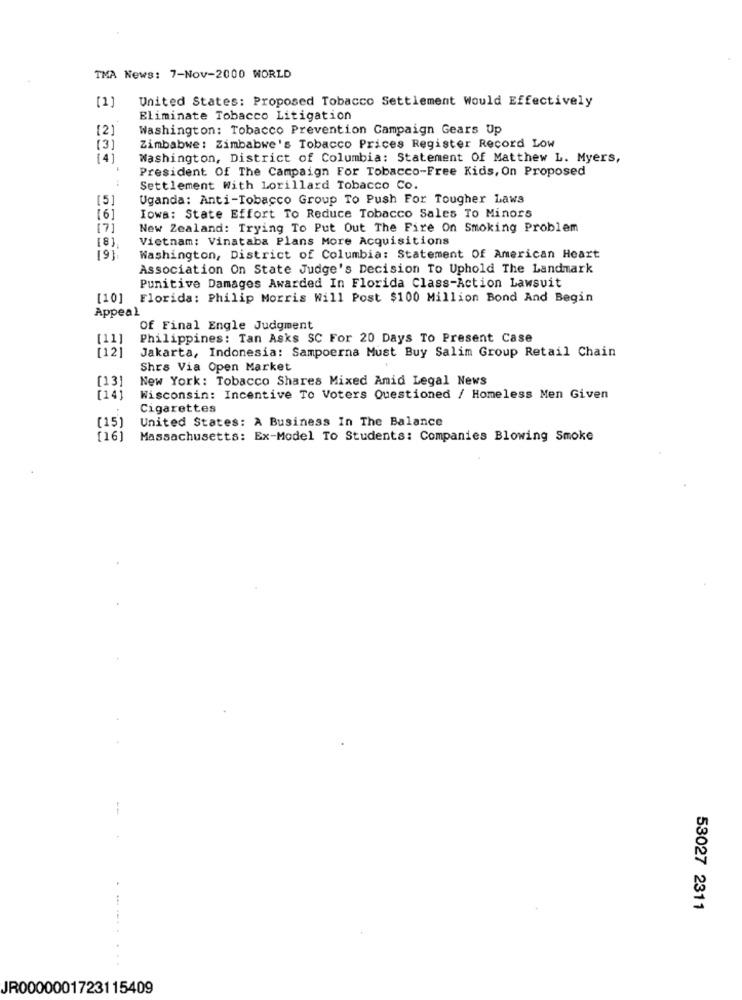
TMA News: 7-Nov-2000 WORLD
[1]
United States: Proposed Tobacco Settlement Would Effectively
Eliminate Tobacco Litigation
Washington: Tobacco Prevention Campaign Gears Up
(3)
Zimbabwe: Zimbabwe's Tobacco Prices Register Record Low
141
Washington, District of Columbia: Statement Of Matthew L. Myers,
President Of The Campaign For Tobacco-Free Kids, On Proposed
Settlement With Lorillard Tobacco Co.
[5]
Uganda: Anti-Tobacco Group To Push For Tougher Laws
[6]
Iowa: State Effort To Reduce Tobacco Sales To Minors
[7]
New Zealand: Trying To Put Out The Fire On Smoking Problem
Vietnam: Vinataba Plans More Acquisitions
[8],
191
Washington, District of Columbia: Statement Of American Heart
Association On State Judge's Decision To Uphold The Landmark
Punitive Damages Awarded In Florida Class-Action Lawsuit
[10] Florida: Philip Morris Will Post $100 Million Bond And Begin
Appeal
Of Final Engle Judgment
[11
Philippines: Tan Asks SC For 20 Days To Present Case
[12]
Jakarta, Indonesia: Sampoerna Must Buy Salim Group Retail Chain
Shrs Via Open Market
[13]
New York: Tobacco Shares Mixed Amid Legal News
[14]
Wisconsin: Incentive To Voters Questioned / Homeless Men Given
Cigarettes
(15)
United States: A Business In The Balance
[16]
Massachusetts: Ex-Model To Students: Companies Blowing Smoke
53027 2311
JR0000001723115409